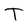
Character: T